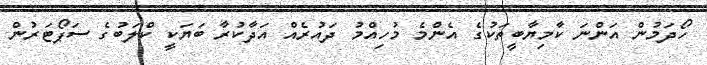
ހޯދަމުން އަންނަ ކާމިޔާބީތަކުގެ އެންމެ މުހިއްމު ދައުރެއް އަދާކުރާ ބަޔަކީ ކްލަބުގެ ސަޕޯޓަރުން